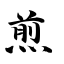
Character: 煎